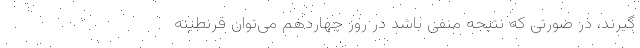
گیرند، در صورتی که نتیجه منفی باشد در روز چهاردهم می‌توان قرنطینه